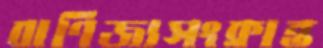
বাণিজ্যসংক্রান্ত